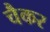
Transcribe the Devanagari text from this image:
चैकर